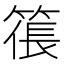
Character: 𥱭